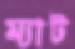
ম্যাট